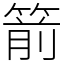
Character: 箭